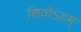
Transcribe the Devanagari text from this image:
शिवोऽहम्